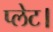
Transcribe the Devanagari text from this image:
प्लेट।